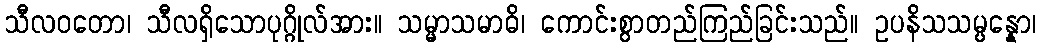
သီလဝတော၊ သီလရှိသောပုဂ္ဂိုလ်အား။ သမ္မာသမာဓိ၊ ကောင်းစွာတည်ကြည်ခြင်းသည်။ ဥပနိသသမ္ပန္နော၊